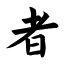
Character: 者